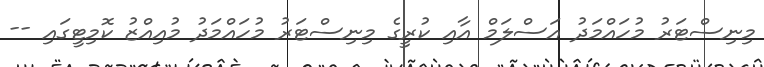
މިނިސްޓަރު މުހައްމަދު އަސްލަމް އާއި ކުރީގެ މިނިސްޓަރު މުހައްމަދު މުއިއްޒު ކޮމިޓީގައި --